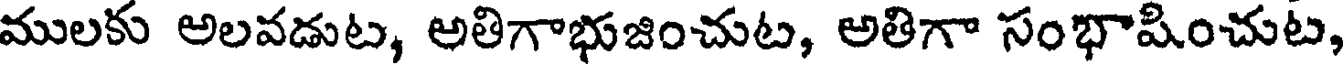
ములకు అలవడుట, అతిగాభుజించుట, అతిగా సంభాషించుట,